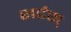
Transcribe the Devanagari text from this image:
शर्टस्